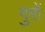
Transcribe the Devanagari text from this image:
गुरों